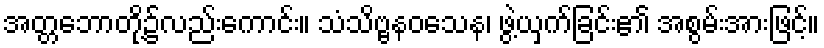
အတ္တဘောတို့၌လည်းကောင်း။ သံသိဗ္ဗနဝသေန၊ ဖွဲ့ယှက်ခြင်း၏ အစွမ်းအားဖြင့်။